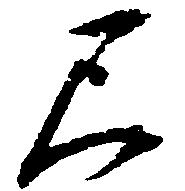
尺